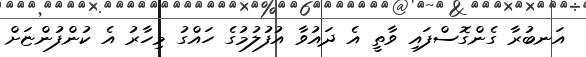
އަނބުރާ ގެންގޮސްފައި ވާތީ އެ ދައުވާ އުފުލުމުގެ ހައްގު މިހާރު އެ ކުންފުންޏަށް